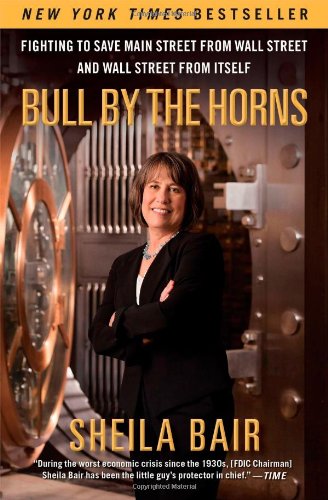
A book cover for Bull by the Horns: Fighting to Save Main Street from Wall Street and Wall Street from Itself; Sheila Bair; Business & Money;